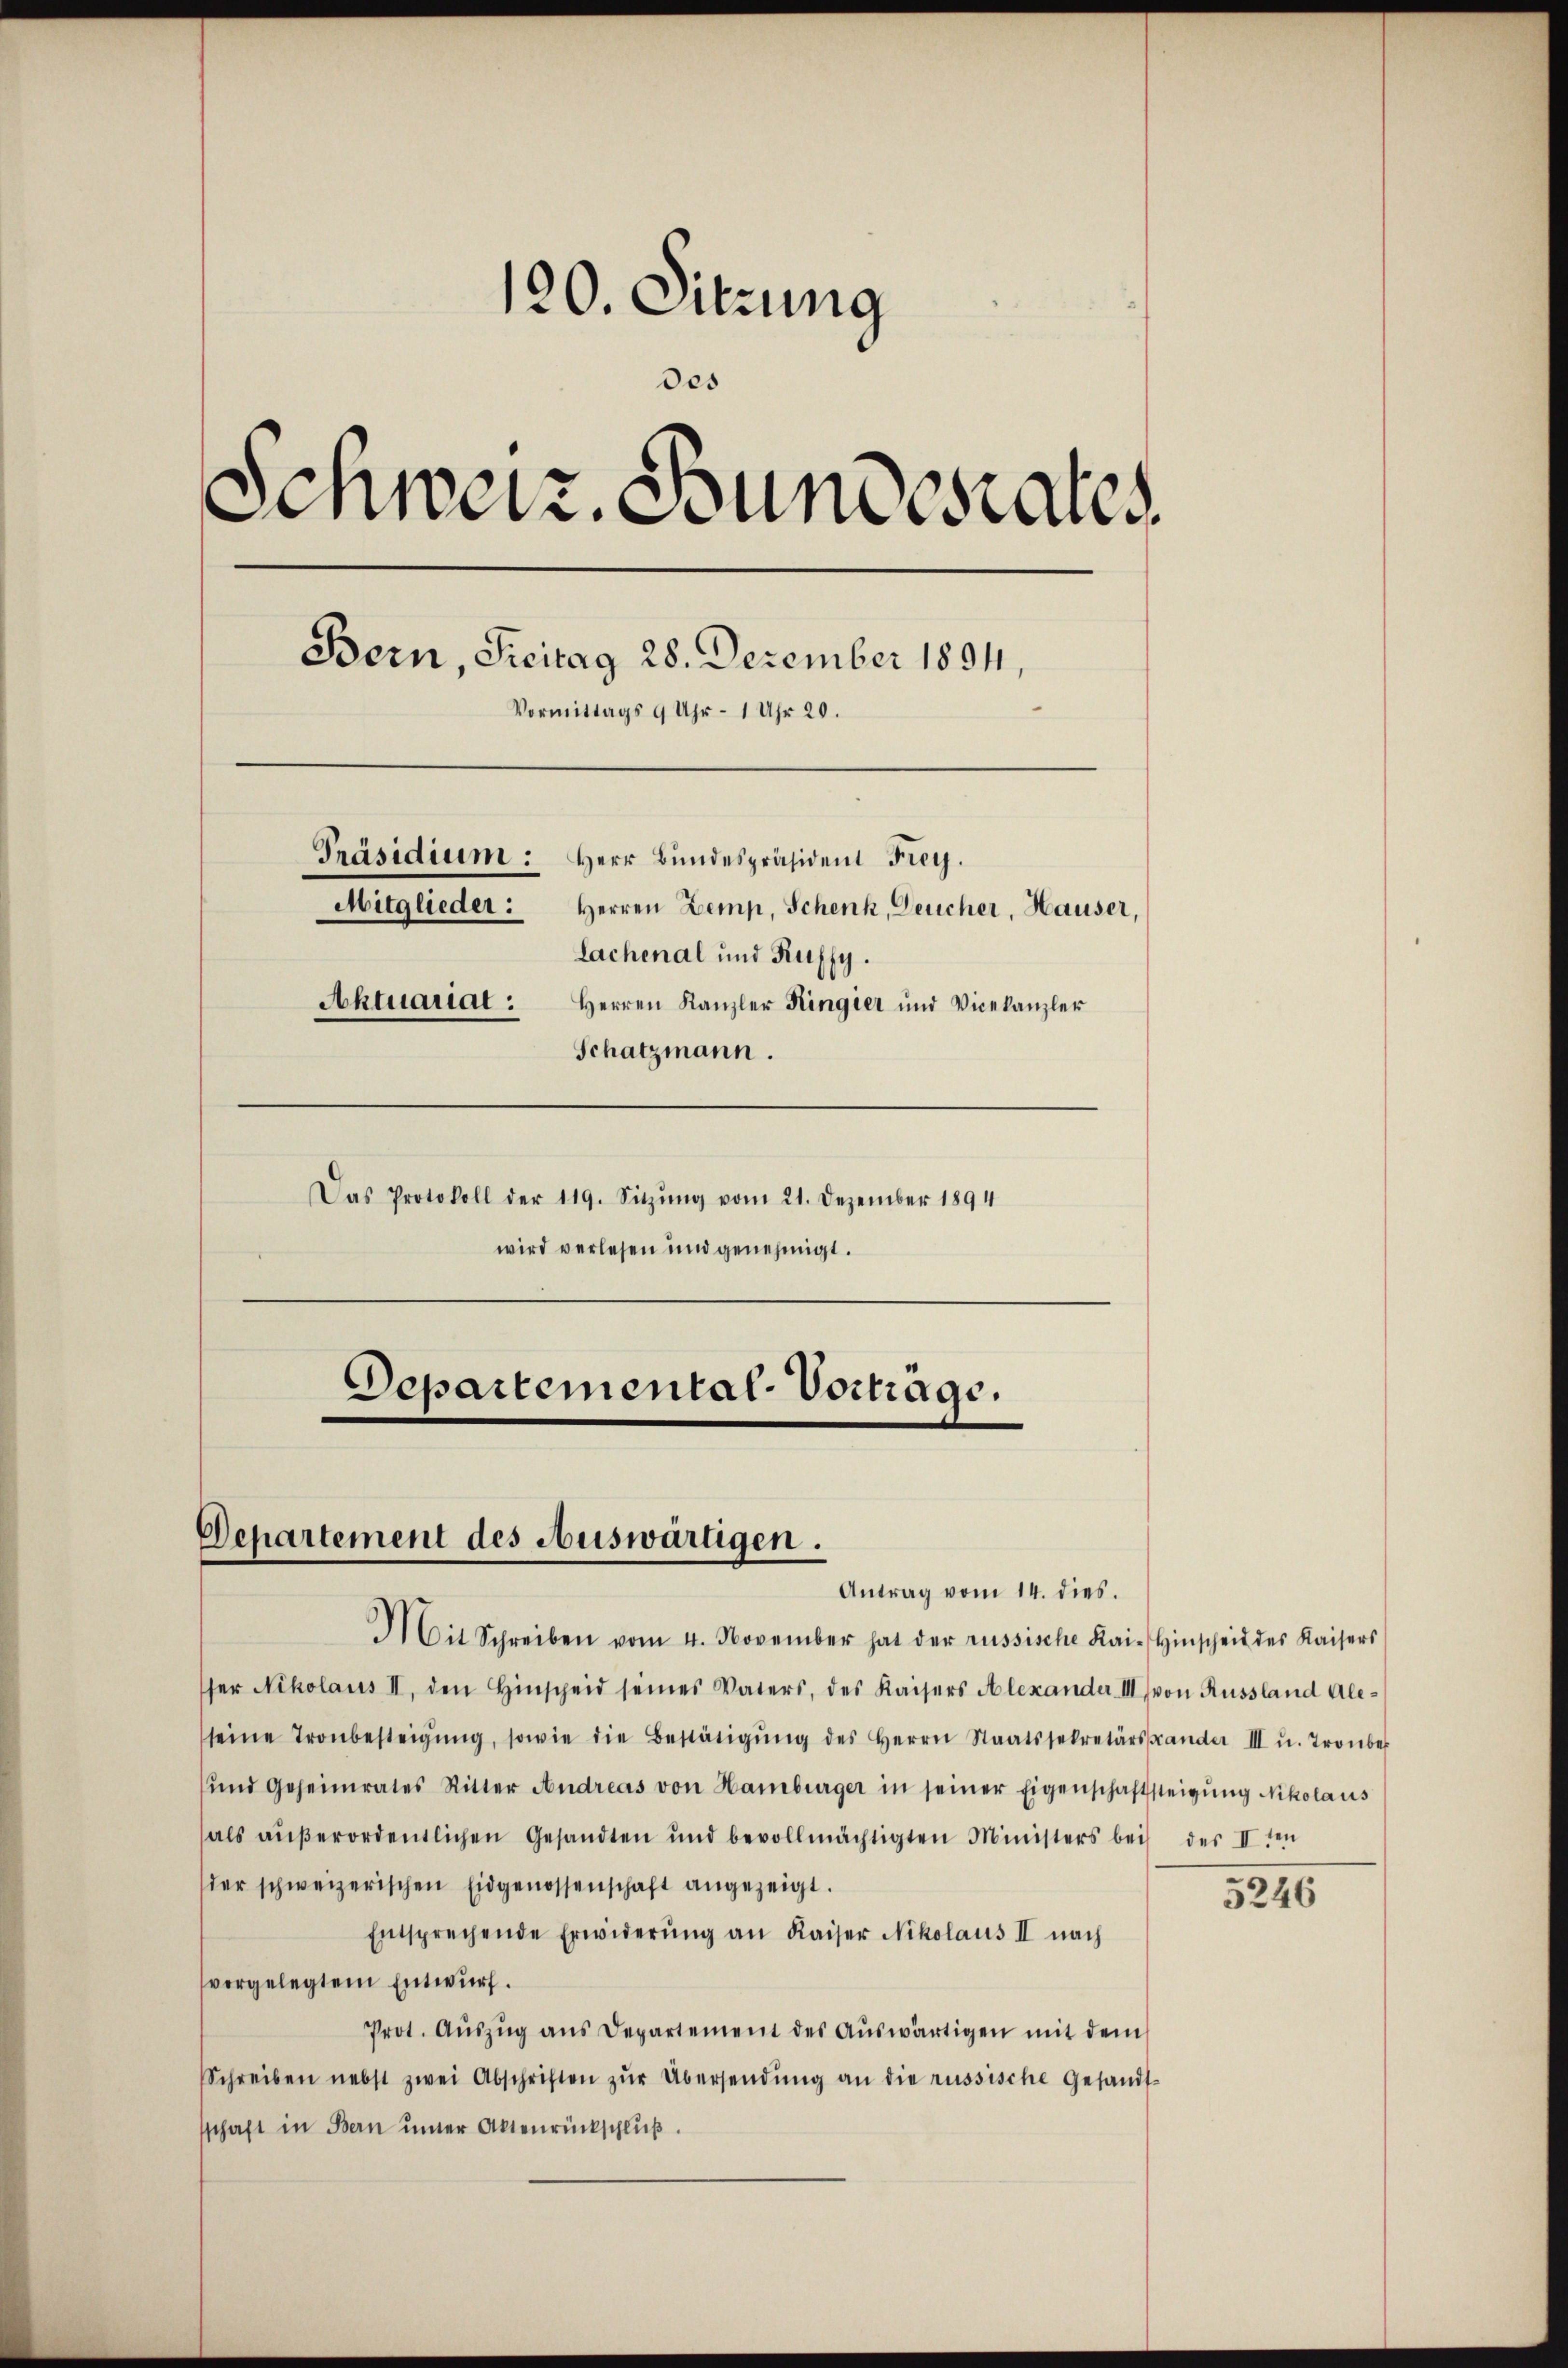
120. Sitzung
des
Schweiz. Bundesrates
Bern, Freitag 28. Dezember 1894,
Vormittags 9 Uhr - 1 Uhr 20.
Präsidium: Herr Bundespräsident Frey.
Mitglieder:
Herren Zemp, Schenk, Deucher, Hauser,
lachenal und Ruffy.
Aktuariat :
Herren Kanzler Kingier und Vicekanzler
Schatzmann.
Das Protokoll der 119. Sitzŭng vom 21. Dezember 1894
wird verlesen und genehmigt.

Departemental-Vorträge.

Departement des Auswärtigen.
Antrag vom 14. dies.

Mit Schreiben vom 4. November hat der russische Kai- Hinscheid des Kaisers
ser Nikolaus II, den Hinscheid seines Vaters, des Kaisers Alexander III von Russland Ale-
seine Tronbesteigŭng, sowie die Bestätigŭng des Herrn Staatssekretärstander III u. Tronber
und Geheimrates Ritter Andreas von Hamburger in seiner Eigenschaftsteigŭng Nikolaus
als aŭβerordentlichen Gesandten und bevollmächtigten Ministers bei der IIten
der schweizerischen Eidgenossenschaft angezeigt.
Entsprechende Erwiderŭng an Kaiser Nikolaus II nach
vorgelegtem Entwurf.
Prot. Aŭszŭg ans Departement des Aŭswärtigen mit dem
Schreiben nebst zwei Abschriften zŭr Übersendŭng an die russische Gesandt-
schaft in Bern unter Aktenrückschluß.

5246